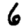
Digit: 6